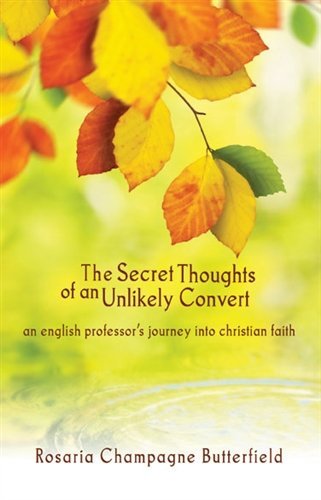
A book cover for Secret Thoughts of an Unlikely Convert An English Professor's Journey into Christian Faith; Rosaria Champagne Butterfield; Biographies & Memoirs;